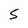
Character: S